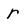
Character: r